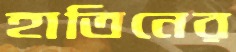
হাতিনের